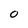
Character: O